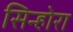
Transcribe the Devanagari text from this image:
सिन्होरा